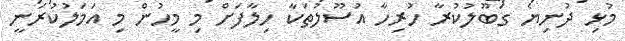
މުޅި ދުނިޔެ ގަބޫލުކުރާ ހުރިހާ އުސޫލުތަކާ ހިލާފަށް މި މީހުން މި އަމަލުކުރަނީ